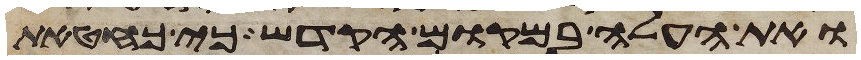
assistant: ואת העלה במקום הקדש כי כחטאת